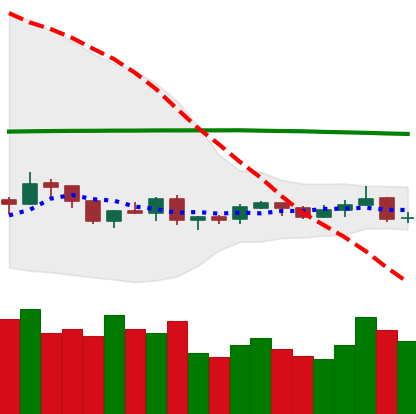
Ticker: XRP-USD
Chart end date: 2019-08-07
Forward return: -3.733%
Label: down_3_5